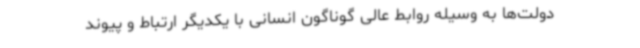
دولت‌ها به وسیله روابط عالی گوناگون انسانی با یکدیگر ارتباط و پیوند